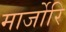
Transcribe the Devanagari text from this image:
मार्जोरि